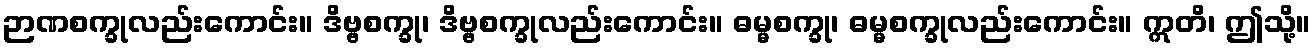
ဉာဏစက္ခုလည်းကောင်း။ ဒိဗ္ဗစက္ခု၊ ဒိဗ္ဗစက္ခုလည်းကောင်း။ ဓမ္မစက္ခု၊ ဓမ္မစက္ခုလည်းကောင်း။ ဣတိ၊ ဤသို့။